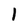
Character: 1